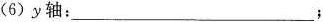
(6)y轴：___；